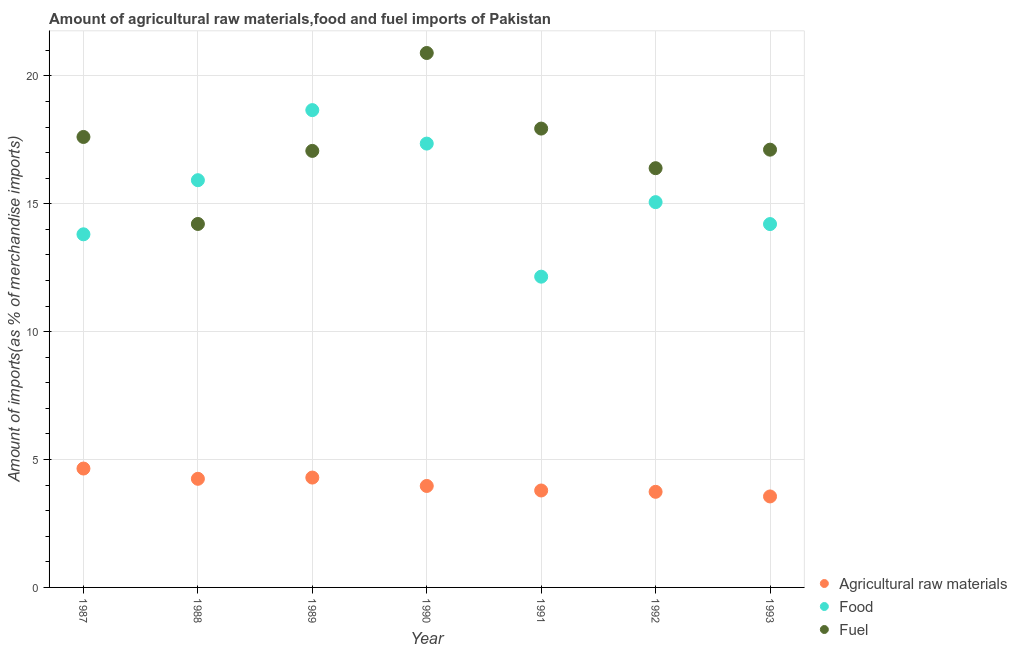
| Year | Agricultural raw materials | Food | Fuel |
 | --- | --- | --- | --- |
 | 1987 | 4.65 | 13.8 | 17.6 |
 | 1988 | 4.25 | 15.9 | 14.2 |
 | 1989 | 4.3 | 18.7 | 17.1 |
 | 1990 | 3.97 | 17.4 | 20.9 |
 | 1991 | 3.79 | 12.1 | 17.9 |
 | 1992 | 3.74 | 15.1 | 16.4 |
 | 1993 | 3.56 | 14.2 | 17.1 |